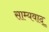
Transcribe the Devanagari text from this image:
साम्यवाद्